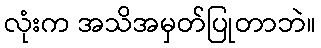
လုံးက အသိအမှတ်ပြုတာဘဲ။